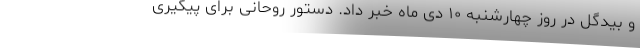
و بیدگل در روز چهارشنبه ۱۰ دی ماه خبر داد. دستور روحانی برای پیگیری